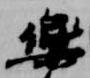
楽